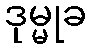
ဒုမ္မုခ